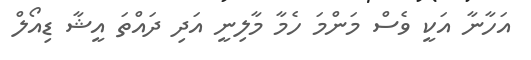
އަހާނާ އަކީ ވެސް މަންމަ ހެމާ މާލިނީ އަދި ދައްތަ އީޝާ ޑިއޯލް